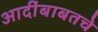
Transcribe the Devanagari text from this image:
आदींबाबतचे